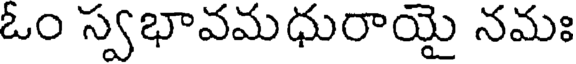
ఓం స్వభావమధురాయై నమః